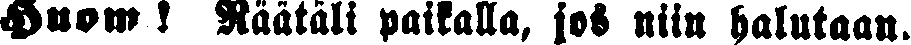
Huom ! Räätäli paikalla, jos niin halutaan.